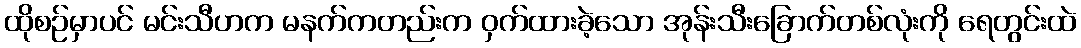
ထိုစဉ်မှာပင် မင်းသီဟက မနက်ကတည်းက ဝှက်ထားခဲ့သော အုန်းသီးခြောက်တစ်လုံးကို ရေတွင်းထဲ